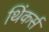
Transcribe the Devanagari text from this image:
थिंकर्स